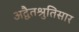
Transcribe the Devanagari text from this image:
अद्वैतश्रुतिसार